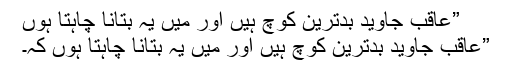
”عاقب جاوید بدترین کوچ ہیں اور میں یہ بتانا چاہتا ہوں
”عاقب جاوید بدترین کوچ ہیں اور میں یہ بتانا چاہتا ہوں کہ۔